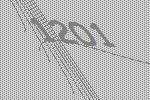
1201